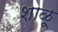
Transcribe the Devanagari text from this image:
शाळू